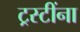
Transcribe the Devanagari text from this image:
ट्रस्टींना